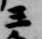
王